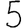
Digit: 5